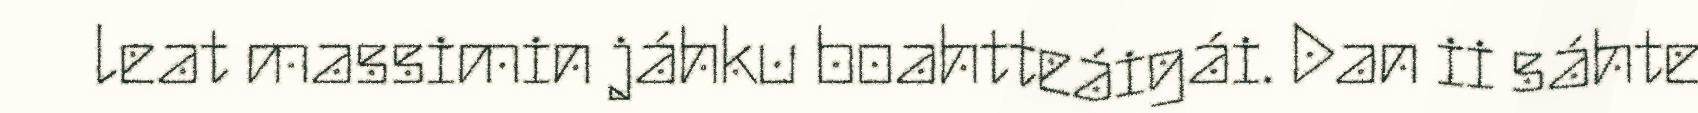
leat massimin jáhku boahtteáigái. Dan ii sáhte